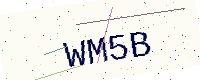
Text: WM5B